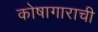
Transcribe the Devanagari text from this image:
कोषागाराची